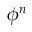
\phi ^ { n }